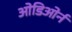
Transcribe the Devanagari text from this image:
ओडिओर्न